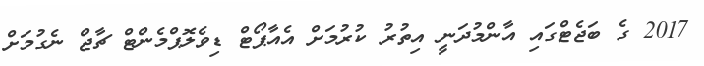
2017 ގެ ބަޖެޓްގައި އާންމުދަނީ އިތުރު ކުރުމަށް އެއާޕޯޓް ޑިވެލޮޕްމެންޓް ޗާޖް ނެގުމަށް